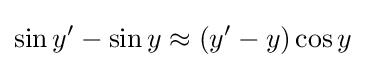
\sin y'-\sin y\approx (y'-y)\cos y